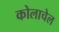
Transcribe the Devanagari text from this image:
कोलाचेल